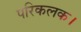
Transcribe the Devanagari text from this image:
परिकलक।